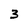
Character: 3